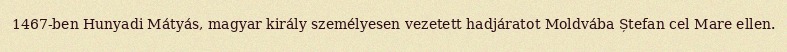
1467-ben Hunyadi Mátyás, magyar király személyesen vezetett hadjáratot Moldvába Ștefan cel Mare ellen.